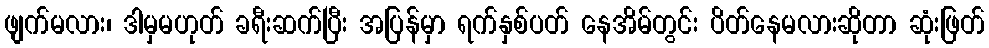
ဖျက်မလား၊ ဒါမှမဟုတ် ခရီးဆက်ပြီး အပြန်မှာ ရက်နှစ်ပတ် နေအိမ်တွင်း ပိတ်နေမလားဆိုတာ ဆုံးဖြတ်